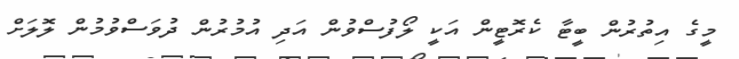
މީގެ އިތުރުން ބީޓާ ކެރޮޓީން އަކީ ލޯފުސްވުން އަދި އުމުރުން ދުވަސްވުމުން ލޮލަށް